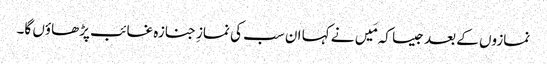
نمازوں کے بعد جیسا کہ مَیں نے کہا ان سب کی نمازِ جنازہ غائب پڑھاؤں گا۔